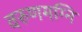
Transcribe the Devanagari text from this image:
वरुणमग्नि